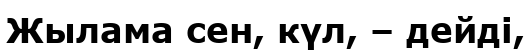
Жылама сен, күл, – дейді,